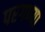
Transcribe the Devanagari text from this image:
परगण्या